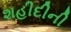
શહીદીની